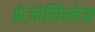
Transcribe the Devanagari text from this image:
फ्रंज़ोसिस्चेस